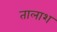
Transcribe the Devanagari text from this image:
तालाश